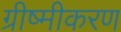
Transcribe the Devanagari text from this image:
ग्रीष्मीकरण